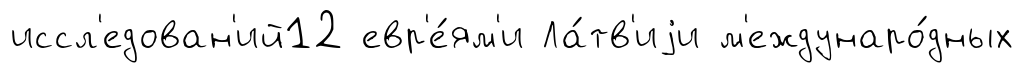
иссл'едован'ий12 евр'е́ям'и Ла́тв'иjи м'еждунаро́дных